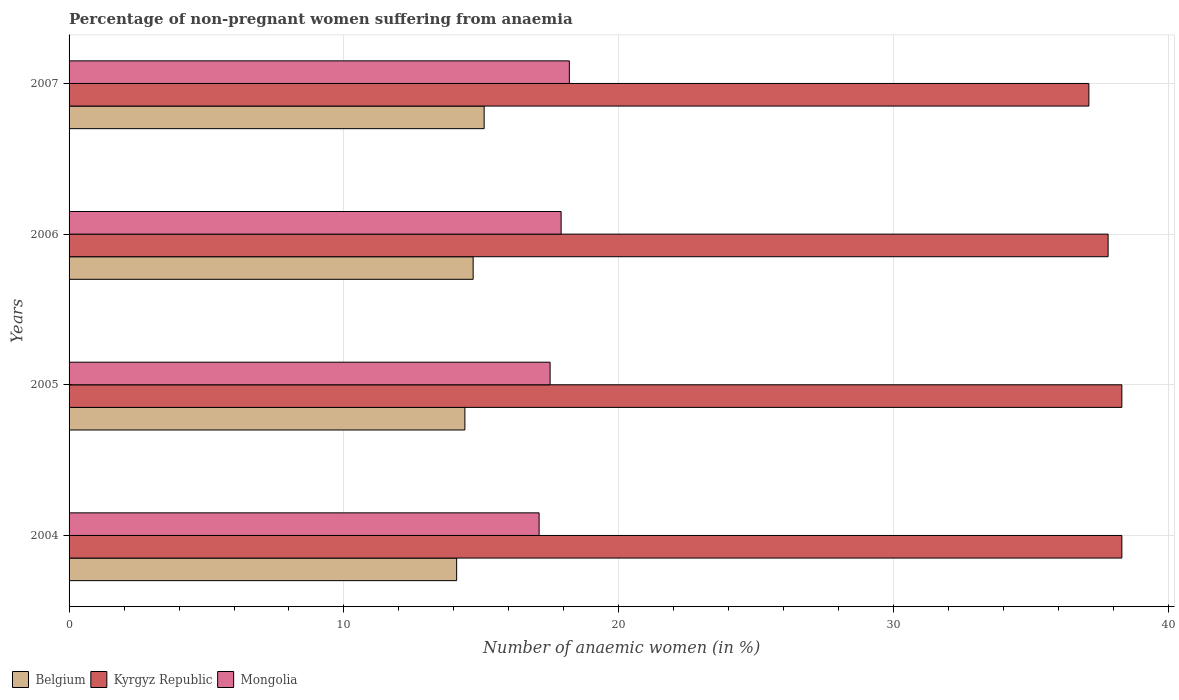
| Years | Belgium | Kyrgyz Republic | Mongolia |
 | --- | --- | --- | --- |
 | 2004 | 14.1 | 38.3 | 17.1 |
 | 2005 | 14.4 | 38.3 | 17.5 |
 | 2006 | 14.7 | 37.8 | 17.9 |
 | 2007 | 15.1 | 37.1 | 18.2 |